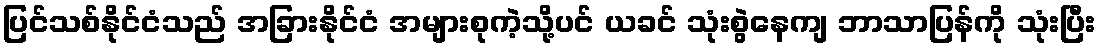
ပြင်သစ်နိုင်ငံသည် အခြားနိုင်ငံ အများစုကဲ့သို့ပင် ယခင် သုံးစွဲနေကျ ဘာသာပြန်ကို သုံးပြီး